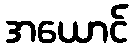
အယောင်